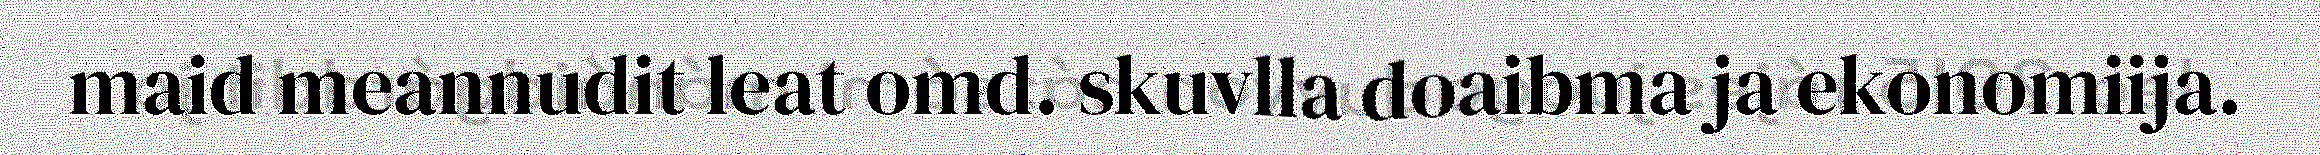
maid meannudit leat omd. skuvlla doaibma ja ekonomiija.